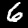
Label: 6